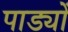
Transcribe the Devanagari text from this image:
पाड्यों